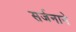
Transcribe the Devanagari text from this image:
सर्जनाने